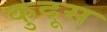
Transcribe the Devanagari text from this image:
कुदूस